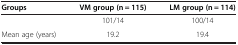
<table><thead><tr><td><b>Groups</b></td><td><b>VM group (n = 115)</b></td><td><b>LM group (n = 114)</b></td></tr></thead><tbody><tr><td>[EMPTY_CELL]</td><td>101/14</td><td>100/14</td></tr><tr><td>Mean age (years)</td><td>19.2</td><td>19.4</td></tr></tbody></table>